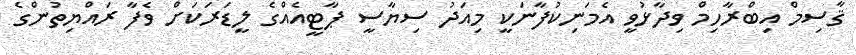
ޤާސިމް އިބްރާހިމް ވިދާޅުވީ އެމަނިކުފާނަކީ މިއަދު ސިޔާސީ ޕާޓީއެއްގެ ލީޑަރަކަށް ވެފާ ރައްޔިތުންގެ